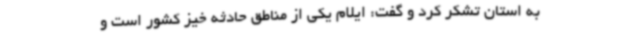
به استان تشکر کرد و گفت: ایلام یکی از مناطق حادثه خیز کشور است و